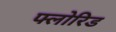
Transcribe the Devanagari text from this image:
फ्लोरिड